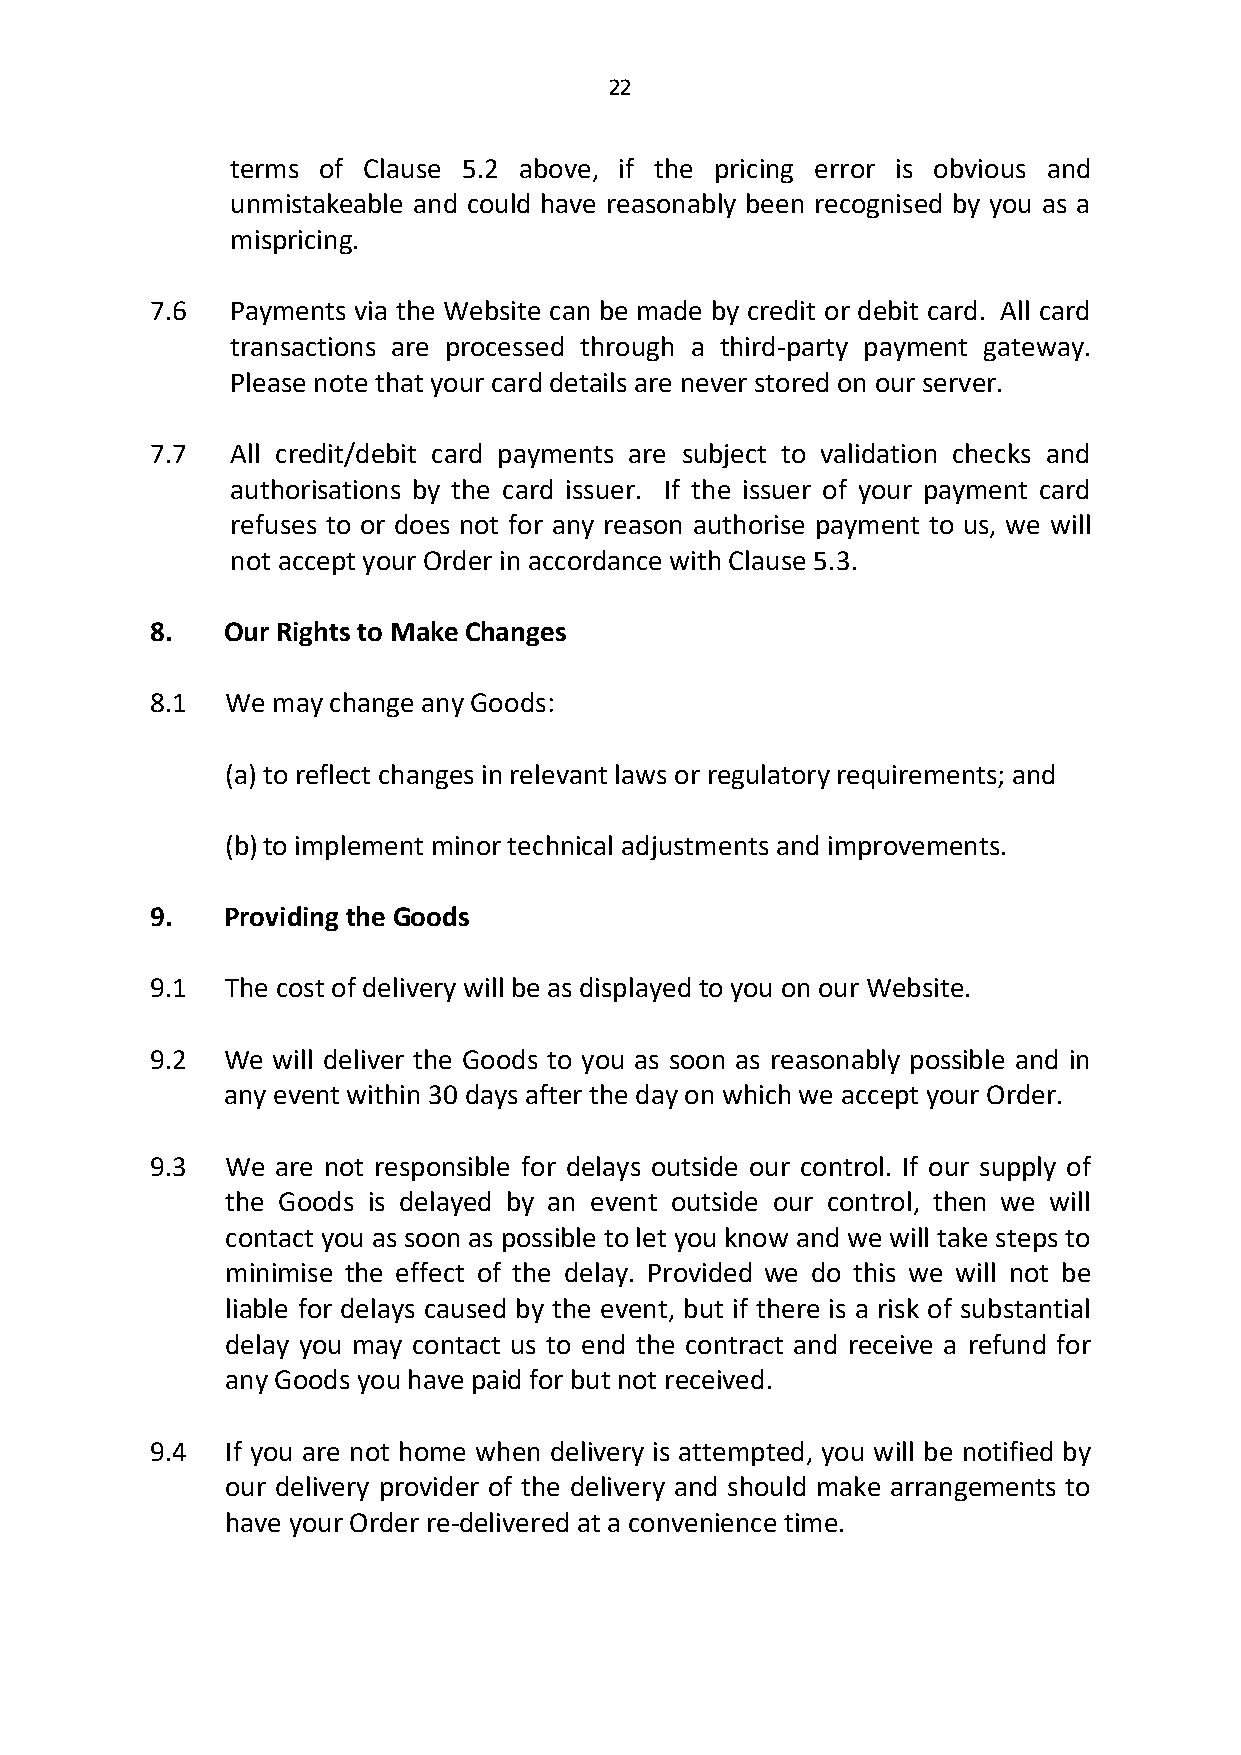
22
 terms of Clause 5.2 above, if the pricing error is obvious and
 unmistakeable and could have reasonably been recognised by you as a
 mispricing.
 7.6  Payments via the Website can be made by credit or debit card. All card
 transactions are processed through a third-party payment gateway.
 Please note that your card details are never stored on our server.
 7.7  All credit/debit card payments are subject to validation checks and
 authorisations by the card issuer. If the issuer of your payment card
 refuses to or does not for any reason authorise payment to us, we will
 not accept your Order in accordance with Clause 5.3.
 8.   Our Rights to Make Changes
 8.1  We may change any Goods:
 (a) to reflect changes in relevant laws or regulatory requirements; and
 (b) to implement minor technical adjustments and improvements.
 9.   Providing the Goods
 9.1  The cost of delivery will be as displayed to you on our Website.
 9.2  We will deliver the Goods to you as soon as reasonably possible and in
 any event within 30 days after the day on which we accept your Order.
 9.3  We are not responsible for delays outside our control. If our supply of
 the Goods is delayed by an event outside our control, then we will
 contact you as soon as possible to let you know and we will take steps to
 minimise the effect of the delay. Provided we do this we will not be
 liable for delays caused by the event, but if there is a risk of substantial
 delay you may contact us to end the contract and receive a refund for
 any Goods you have paid for but not received.
 9.4  If you are not home when delivery is attempted, you will be notified by
 our delivery provider of the delivery and should make arrangements to
 have your Order re-delivered at a convenience time.